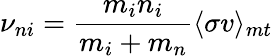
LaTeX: {\nu_{ni}}=\frac{m_{i}{n_{i}}}{m_{i}+m_{n}}\langle\sigma v\rangle_{mt}